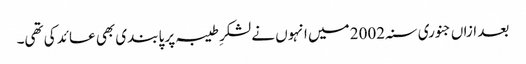
بعد ازاں جنوری سنہ 2002 میں انہوں نے لشکرِ طیبہ پر پابندی بھی عائد کی تھی۔